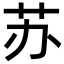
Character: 苏